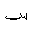
Letter: _sin